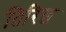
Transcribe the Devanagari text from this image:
तिरिछ